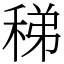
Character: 稊